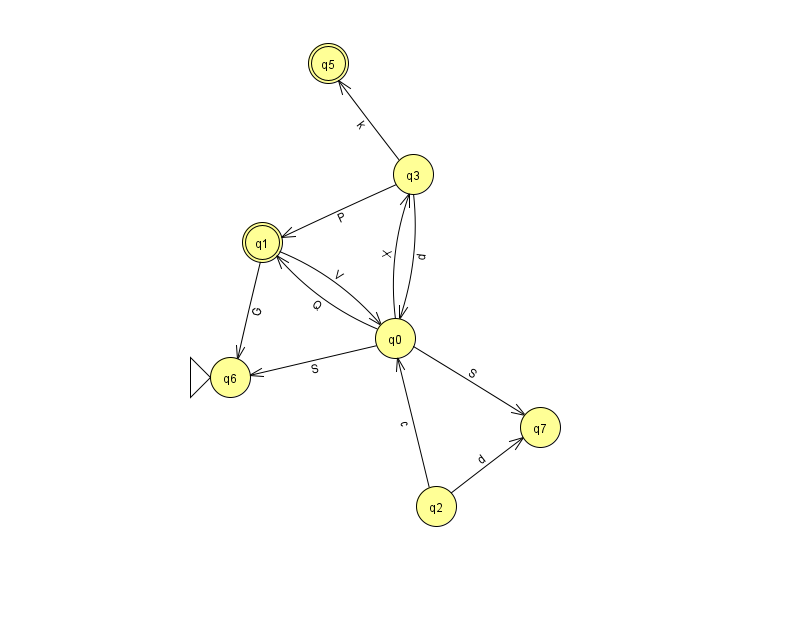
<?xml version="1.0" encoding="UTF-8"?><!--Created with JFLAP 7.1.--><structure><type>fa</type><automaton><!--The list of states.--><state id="0" name="q0"><x>395.0</x><y>325.0</y></state><state id="1" name="q1"><x>262.0</x><y>229.0</y><final/></state><state id="2" name="q2"><x>436.0</x><y>493.0</y></state><state id="3" name="q3"><x>413.0</x><y>161.0</y></state><state id="5" name="q5"><x>328.0</x><y>50.0</y><final/></state><state id="6" name="q6"><x>230.0</x><y>364.0</y><initial/></state><state id="7" name="q7"><x>540.0</x><y>414.0</y></state><!--The list of transitions.--><transition><from>3</from><to>5</to><read>k</read></transition><transition><from>0</from><to>6</to><read>S</read></transition><transition><from>0</from><to>3</to><read>X</read></transition><transition><from>0</from><to>7</to><read>S</read></transition><transition><from>3</from><to>1</to><read>P</read></transition><transition><from>3</from><to>0</to><read>d</read></transition><transition><from>0</from><to>1</to><read>Q</read></transition><transition><from>1</from><to>6</to><read>G</read></transition><transition><from>1</from><to>0</to><read>V</read></transition><transition><from>2</from><to>0</to><read>c</read></transition><transition><from>2</from><to>7</to><read>d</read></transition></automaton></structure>